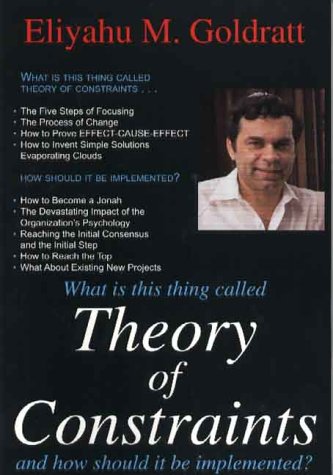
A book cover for Theory of Constraints; Eliyahu M. Goldratt; Medical Books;